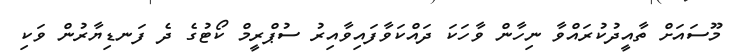
މޫސައަށް ތާއީދުކުރައްވާ ނިހާން ވާހަކަ ދައްކަވާފައިވާއިރު ސުޕްރީމް ކޯޓުގެ ދެ ފަނޑިޔާރުން ވަކި